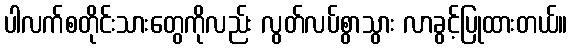
ပါလက်စတိုင်းသားတွေကိုလည်း လွတ်လပ်စွာသွား လာခွင့်ပြုထားတယ်။